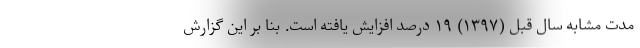
مدت مشابه سال قبل (۱۳۹۷) ۱۹ درصد افزایش یافته است. بنا بر این گزارش